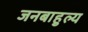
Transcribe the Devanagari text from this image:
जनबाहुल्य